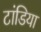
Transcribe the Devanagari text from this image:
टांडिया